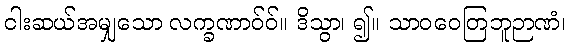
ငါးဆယ်အမျှသော လက္ခဏာဝ်ဝ်။ ဒိသွာ၊ ၍။ သာဝဝေတြဘူဉာဏံ၊